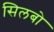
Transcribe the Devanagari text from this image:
सिलबो